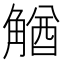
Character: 𧤕